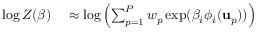
\begin{array} { r l } { \log Z ( \boldsymbol { \beta } ) } & { { } \approx \log \left( \sum _ { p = 1 } ^ { P } w _ { p } \exp ( \beta _ { i } \phi _ { i } ( \mathbf { u } _ { p } ) ) \right) } \end{array}